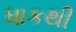
ધાકથી